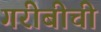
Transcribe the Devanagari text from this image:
गरीबीची